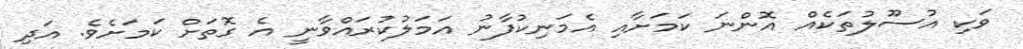
ވަކި އުސޫލުތަކެއް އޮންނަ ކަމަށާއި އެމަނިކުފާނު އަމަލުކުރައްވާނީ އެ ގޮތަށް ކަމަށެވެެ. އަދި